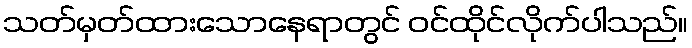
သတ်မှတ်ထားသောနေရာတွင် ဝင်ထိုင်လိုက်ပါသည်။